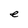
Character: e